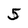
Character: 5